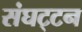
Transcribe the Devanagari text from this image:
संघट्‍टन